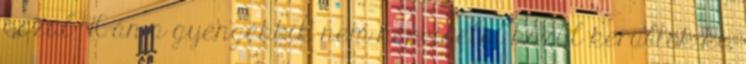
közül 76-an a gyengébbik nem képviselői közül kerültek ki,